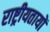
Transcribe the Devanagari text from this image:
राष्ट्रीयतायों